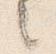
之